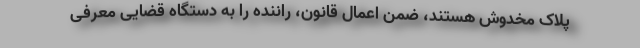
پلاک مخدوش هستند، ضمن اعمال قانون، راننده را به دستگاه قضایی معرفی